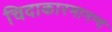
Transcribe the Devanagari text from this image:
चिदाकारमानन्दं